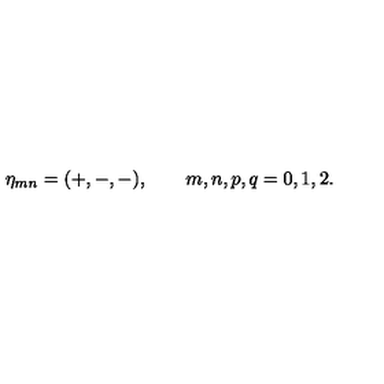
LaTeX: \eta _ { m n } = ( + , - , - ) , \qquad m , n , p , q = 0 , 1 , 2 .